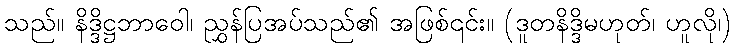
သည်။ နိဒ္ဒိဋ္ဌဘာဝေါ၊ ညွှန်ပြအပ်သည်၏ အဖြစ်၎င်း။ (ဒူတနိဒ္ဒိမဟုတ်၊ ဟူလို၊)